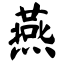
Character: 燕